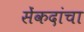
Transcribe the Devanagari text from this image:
सेंकदांचा